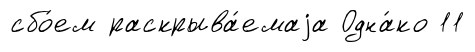
сбо́ем раскрыва́емаjа Одна́ко 11